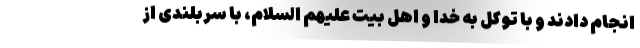
انجام دادند و با توکل به خدا و اهل بیت علیهم السلام، با سربلندی از